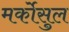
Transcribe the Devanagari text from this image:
मर्कोसुल